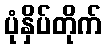
ပုံနှိပ်တိုက်